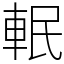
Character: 䡑